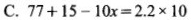
C. $$77+15-10x=2.2 \times 10$$